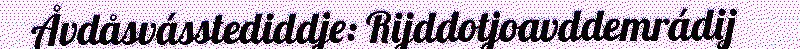
Åvdåsvásstediddje: Rijddotjoavddemrádij